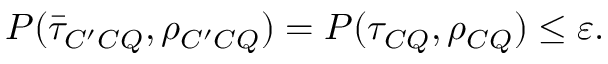
P ( \bar { \tau } _ { C ^ { \prime } C Q } , \rho _ { C ^ { \prime } C Q } ) = P ( \tau _ { C Q } , \rho _ { C Q } ) \leq \varepsilon .